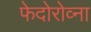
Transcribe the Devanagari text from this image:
फेदोरोव्ना